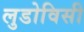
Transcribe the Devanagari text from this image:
लुडोविसी